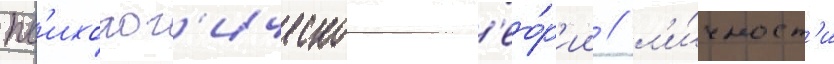
пс'ихолог'ическои т'ео́р'ии / л'и́чност'и